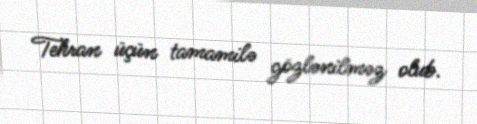
Tehran üçün tamamilə gözlənilməz olub.